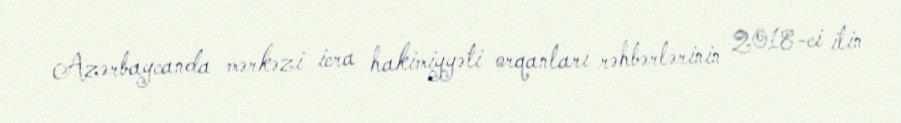
Azərbaycanda mərkəzi icra hakimiyyəti orqanları rəhbərlərinin 2018-ci ilin